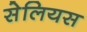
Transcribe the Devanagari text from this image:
सेलियस